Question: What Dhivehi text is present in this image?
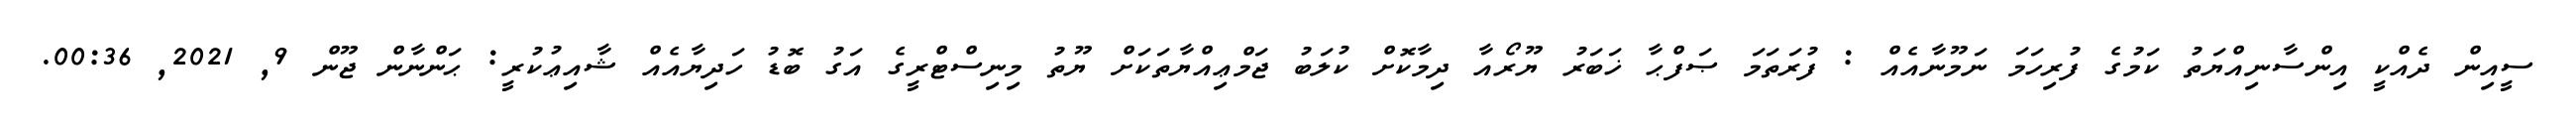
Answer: ސީއިން ދެއްކީ އިންސާނިއްޔަތު ކަމުގެ ފުރިހަމަ ނަމޫނާއެއް : ފުރަތަމަ ޞަފްޙާ ޚަބަރު ޔޫރޯއާ ދިމާކޮށް ކުލަބު ޖަމްޢިއްޔާތަކަށް ޔޫތު މިނިސްޓްރީގެ އަގު ބޮޑު ހަދިޔާއެއް ޝާއިޢުކުރީ: ޙަންނާން ޖޫން 9, 2021, 00:36.